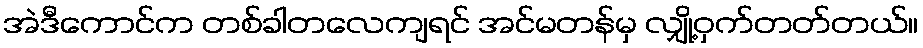
အဲဒီကောင်က တစ်ခါတလေကျရင် အင်မတန်မှ လျှို့ဝှက်တတ်တယ်။